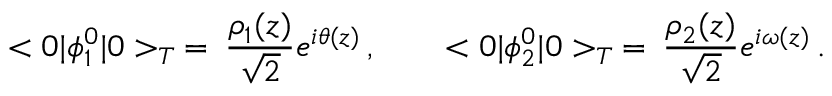
< 0 | \phi _ { 1 } ^ { 0 } | 0 > _ { T } \: = \: \frac { \rho _ { 1 } ( z ) } { \sqrt 2 } e ^ { i \theta ( z ) } \, , \qquad < 0 | \phi _ { 2 } ^ { 0 } | 0 > _ { T } \: = \: \frac { \rho _ { 2 } ( z ) } { \sqrt 2 } e ^ { i \omega ( z ) } \, .